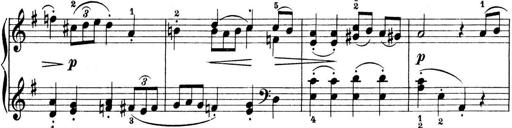
Title: Preis-Sonatine
Composer: Ernst James Bremner